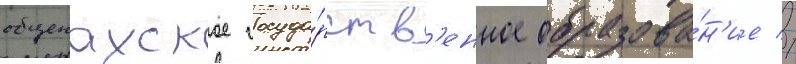
общенахское госуда́рств'енное образова́н'ие //